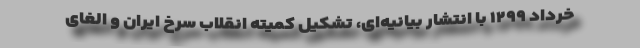
خرداد ۱۲۹۹ با انتشار بیانیه‌ای، تشکیل کمیته انقلاب سرخ ایران و الغای